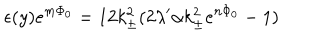
\epsilon ( y ) e ^ { m \Phi _ { 0 } } = 1 2 k _ { \pm } ^ { 2 } ( 2 \lambda ^ { \prime } \alpha k _ { \pm } ^ { 2 } e ^ { n \Phi _ { 0 } } - 1 )